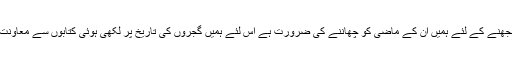
گجروں کی تاریخ کو سمجھنے کے لئے ہمیں ان کے ماضی کو چھاننے کی ضرورت ہے اس لئے ہمیں گجروں کی تاریخ پر لکھی ہوئی کتابوں سے معاونت لینے کی ضرورت ہے۔